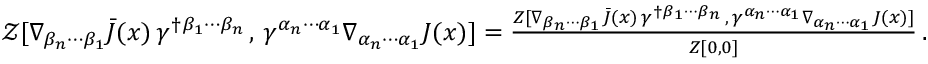
\begin{array} { r } { \mathcal { Z } [ \nabla _ { \beta _ { n } \cdots \beta _ { 1 } } \bar { J } ( x ) \, \gamma ^ { \dagger \beta _ { 1 } \cdots \beta _ { n } } \, , \, \gamma ^ { \alpha _ { n } \cdots \alpha _ { 1 } } \nabla _ { \alpha _ { n } \cdots \alpha _ { 1 } } J ( x ) ] = \frac { Z [ \nabla _ { \beta _ { n } \cdots \beta _ { 1 } } \bar { J } ( x ) \, \gamma ^ { \dagger \beta _ { 1 } \cdots \beta _ { n } } \, , \, \gamma ^ { \alpha _ { n } \cdots \alpha _ { 1 } } \nabla _ { \alpha _ { n } \cdots \alpha _ { 1 } } J ( x ) ] } { Z [ 0 , 0 ] } \, . } \end{array}